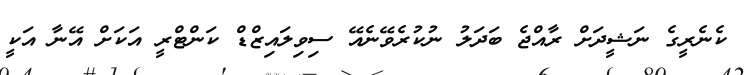
ކެނެރީގެ ނަޝީދަށް ރާއްޖެ ބަދަލު ނުކުރެވޭނެއޭ ސިވިލައިޒްޑް ކަންޓްރީ އަކަށް އޭނާ އަކީ